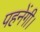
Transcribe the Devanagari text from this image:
पहनेंगी।